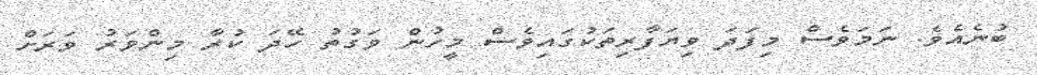
ބުނެއެވެ. ނަމަވެސް މިިފަދަ ވިޔަފާރިތަކުގައިވެސް މީހުން ވަގުތު ހޭދަ ކުރާ މިންވަރު ވަރަށް